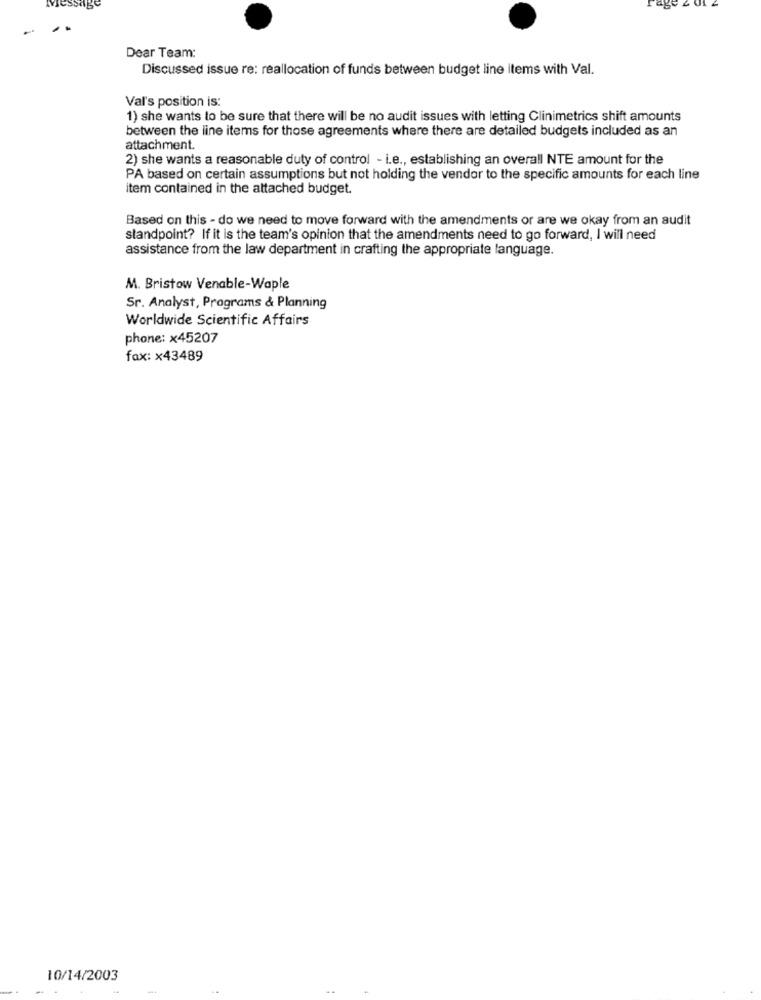
Dear Team:
Discussed issue re: reallocation of funds between budget line items with Val.
Val's position is:
1) she wants to be sure that there will be no audit issues with letting Clinimetrics shift amounts
between the line items for those agreements where there are detailed budgets included as an
attachment.
2) she wants a reasonable duty of control - i.e ., establishing an overall NTE amount for the
PA based on certain assumptions but not holding the vendor to the specific amounts for each line
item contained in the attached budget.
Based on this - do we need to move forward with the amendments or are we okay from an audit
standpoint? If it is the team's opinion that the amendments need to go forward, I will need
assistance from the law department in crafting the appropriate language.
M. Bristow Venable-Waple
Sr. Analyst, Programs & Planning
Worldwide Scientific Affairs
phone: x45207
fax: x43489
10/14/2003